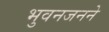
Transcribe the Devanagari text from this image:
भुवनजनने